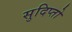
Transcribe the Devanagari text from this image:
सुदिप्तो